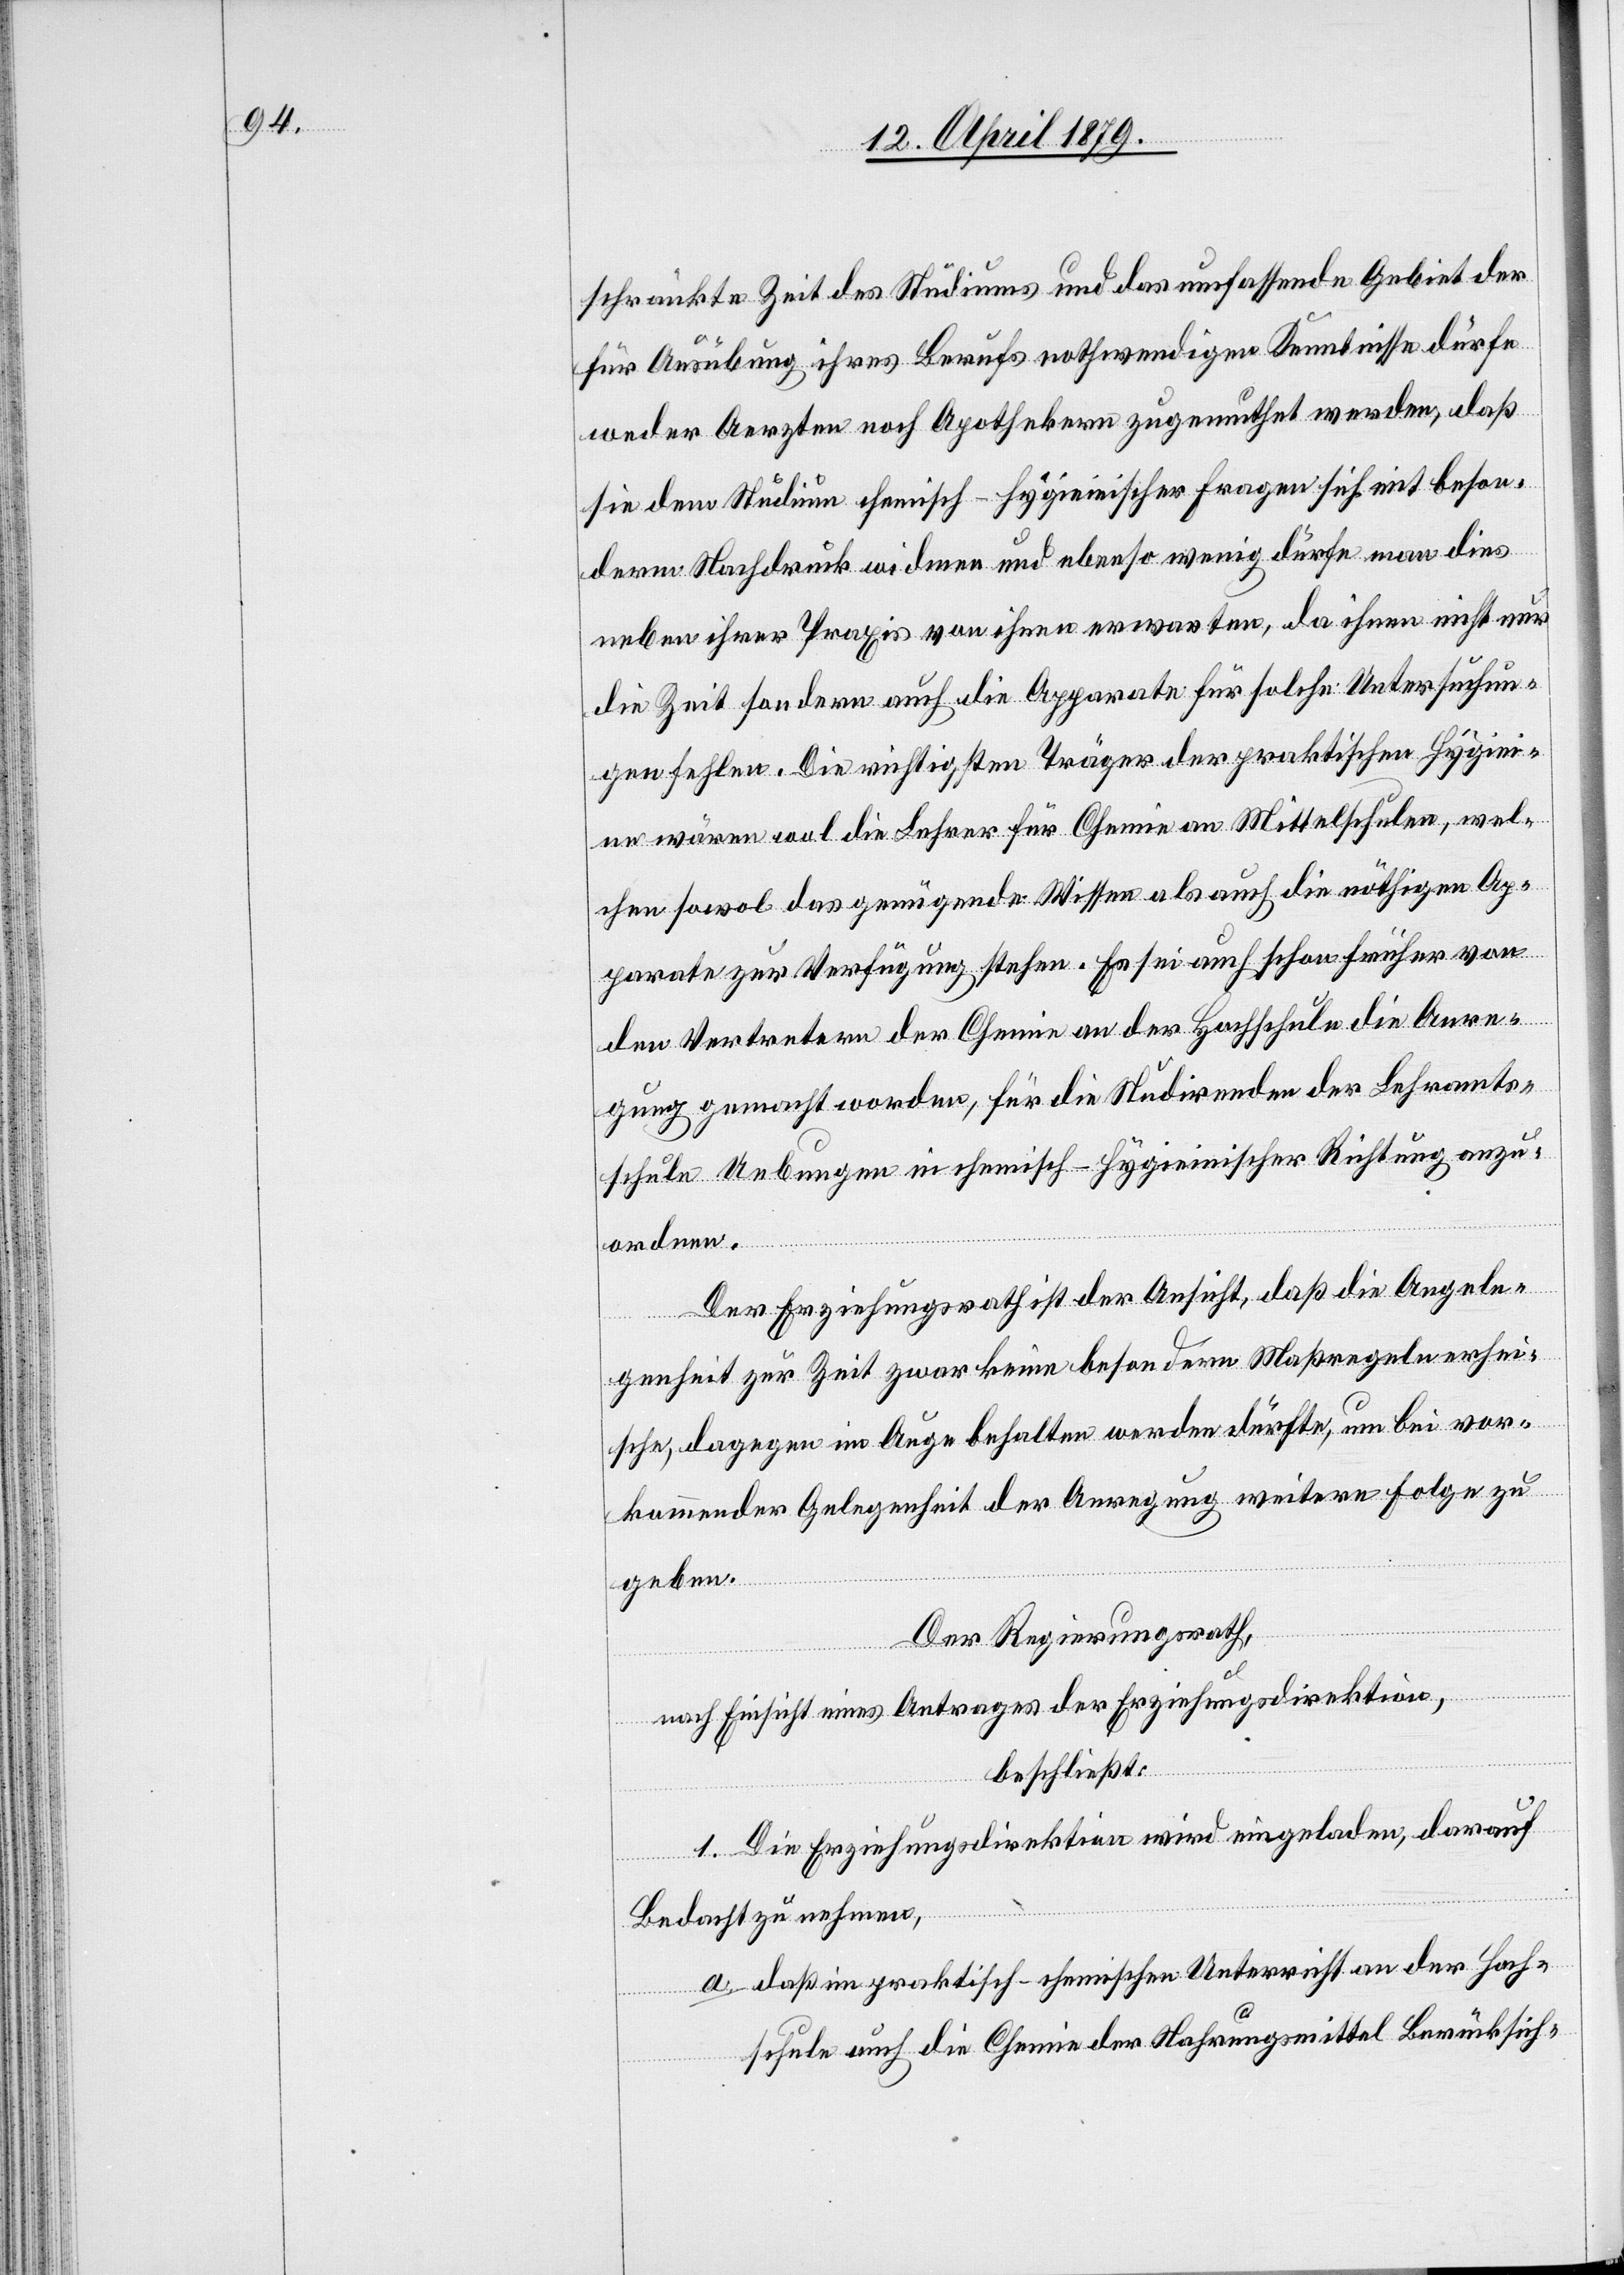
schränkte Zeit des Studiums und das umfassende Gebiet der
für Ausübung ihres Berufs nothwendigen Kenntnisse dürfe
weder Aerzten noch Apothekern zugemuthet werden, daß
sie dem Studium chemisch-hygieinischer Fragen sich mit beson¬
derm Nachdruck widmen und ebenso wenig dürfe man dies
neben ihrer Praxis von ihnen erwarten, da ihnen nicht nur
die Zeit sondern auch die Apparate für solche Untersuchun¬
gen fehlen. Die richtigsten Träger der praktischen Hygiein¬
e wären wol die Lehrer für Chemie an Mittelschulen, wel¬
chen sowol das genügende Wissen als auch die nöthigen Ap¬
parate zur Verfügung stehen. Es sei auch schon früher von
den Vertretern der Chemie an der Hochschule die Anre¬
gung gemacht worden, für die Studirenden der Lehramts¬
schule Uebungen in chemisch-hygieinischer Richtung anzu¬
ordnen.
Der Erziehungsrath ist der Ansicht, daß die Angele¬
genheit zur Zeit zwar keine besondern Maßregeln erhei¬
sche, dagegen im Auge behalten werden dürfte, um bei vor¬
kommender Gelegenheit der Anregung weitere Folge zu
geben.
Der Regierungsrath,
nach Einsicht eines Antrages der Erziehungsdirektion,
beschließt:
1. Die Erziehungsdirektion wird eingeladen, darauf
Bedacht zu nehmen,
a. daß im praktisch-chemischen Unterricht an der Hoch¬
schule auch die Chemie der Nahrungsmittel Berücksich-